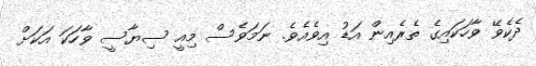
ދެކެވޭ ވާހަކައިގެ ތެރެއިން އަޑު އިވެއެވެ. ނަމަވެސް މިއީ ސިޔާސީ ވާހަކަ އަކަށް